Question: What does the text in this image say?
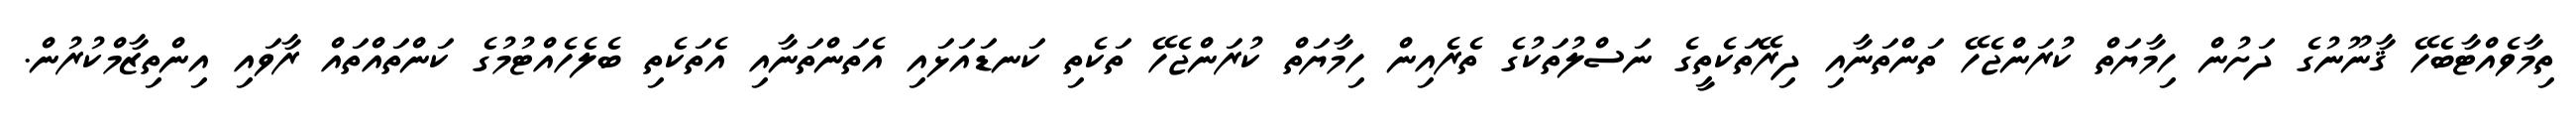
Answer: ތިމާވެއްޓާބެހޭ ޤާނޫނުގެ ދަށުން ހިމާޔަތް ކުރަންޖެހޭ ތަންތަނާއި ދިރޭތަކެތީގެ ނަސްލުތަކުގެ ތެރެއިން ހިމާޔަތް ކުރަންޖެހޭ ތަކެތި ކަނޑައަޅައި އެތަންތަނާއި އެތަކެތި ބެލެހެއްޓުމުގެ ކަންތައްތައް ރާވައި އިންތިޒާމްކުރުން.